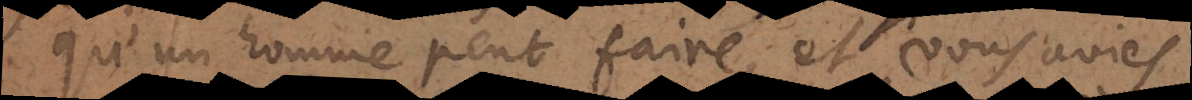
qu’un homme peut faire, et si vous aviés